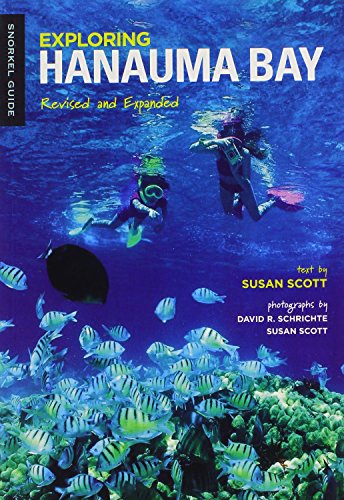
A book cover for Exploring Hanauma Bay (Latitude 20 Books); Travel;